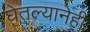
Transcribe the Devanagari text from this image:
घेतल्यानेही